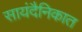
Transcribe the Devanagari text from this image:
सायंदैनिकात